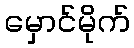
မှောင်မိုက်